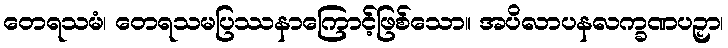
တေရသမံ၊ တေရသမပြဿနာကြောင့်ဖြစ်သော။ အပိလာပနလက္ခဏပဉှာ၊